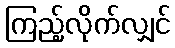
ကြည့်လိုက်လျှင်